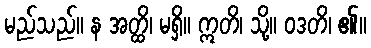
မည်သည်။ န အတ္ထိ၊ မရှိ။ ဣတိ၊ သို့။ ဝဒတိ၊ ၏။